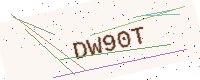
Text: DW90T